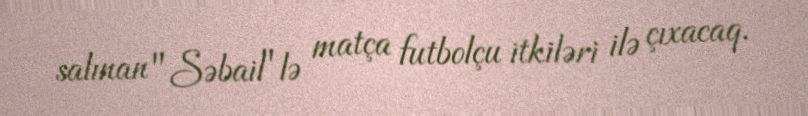
salınan "Səbail"lə matça futbolçu itkiləri ilə çıxacaq.